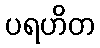
ပရဟိတ